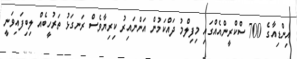
އިންޑިއާގެ 700 ސްކްރީންއެއްގައި މިފިލްމު ދައްކަމުން އަންނައިރު ކިރިޔާވެސް ރަނގަޅު ތަރުހީބެއް ލިބިފައިވަނީ